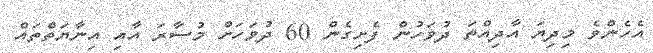
އެހެންވެ މިދިޔަ އާދިއްތަ ދުވަހުން ފެށިގެން 60 ދުވަހަށް މުސާރަ އާއި އިނާޔަތްތައް